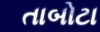
તાબોટા